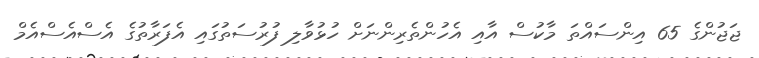
ޖަޖުންގެ 65 އިންސައްތަ މާކުސް އާއި އެހުންތެރިންނަށް ހުޅުވާލި ފުރުސަތުގައި އެފަރާތުގެ އެސްއެސްއެމް